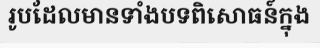
រូបដែលមានទាំងបទពិសោធន៍ក្នុង